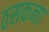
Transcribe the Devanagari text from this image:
ठसकना